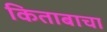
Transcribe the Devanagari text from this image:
किताबाचा